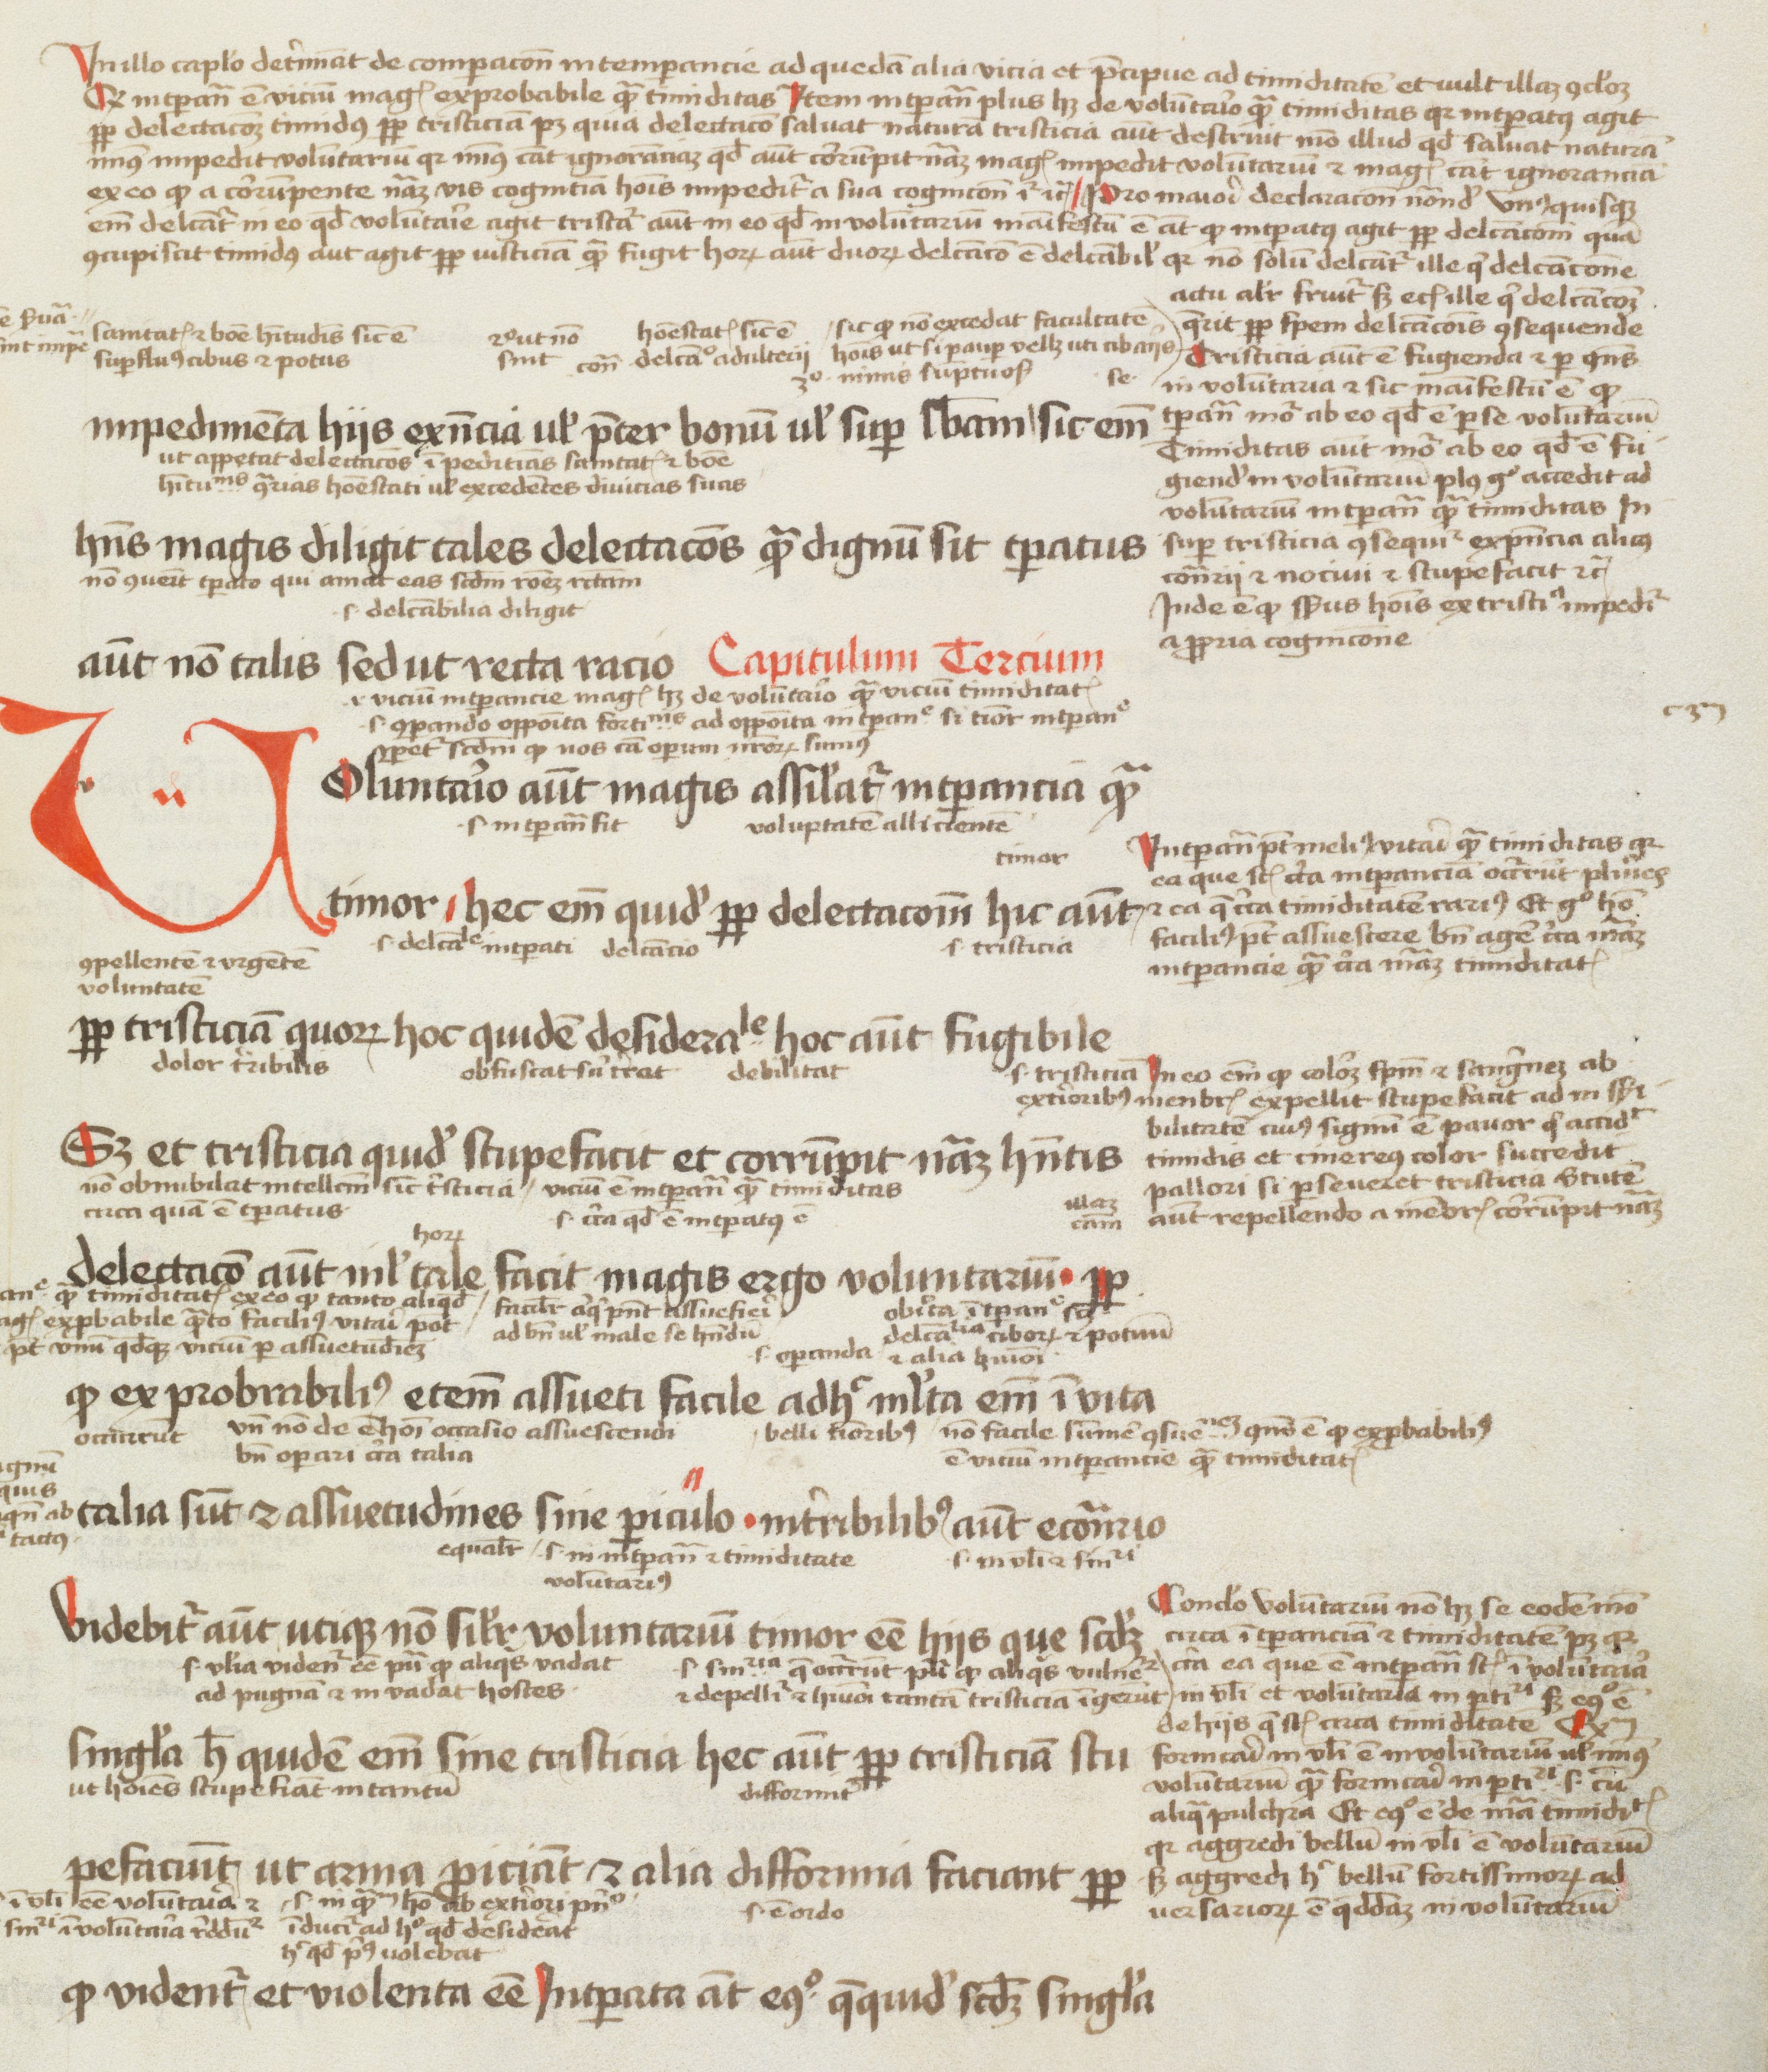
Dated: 1450–1474